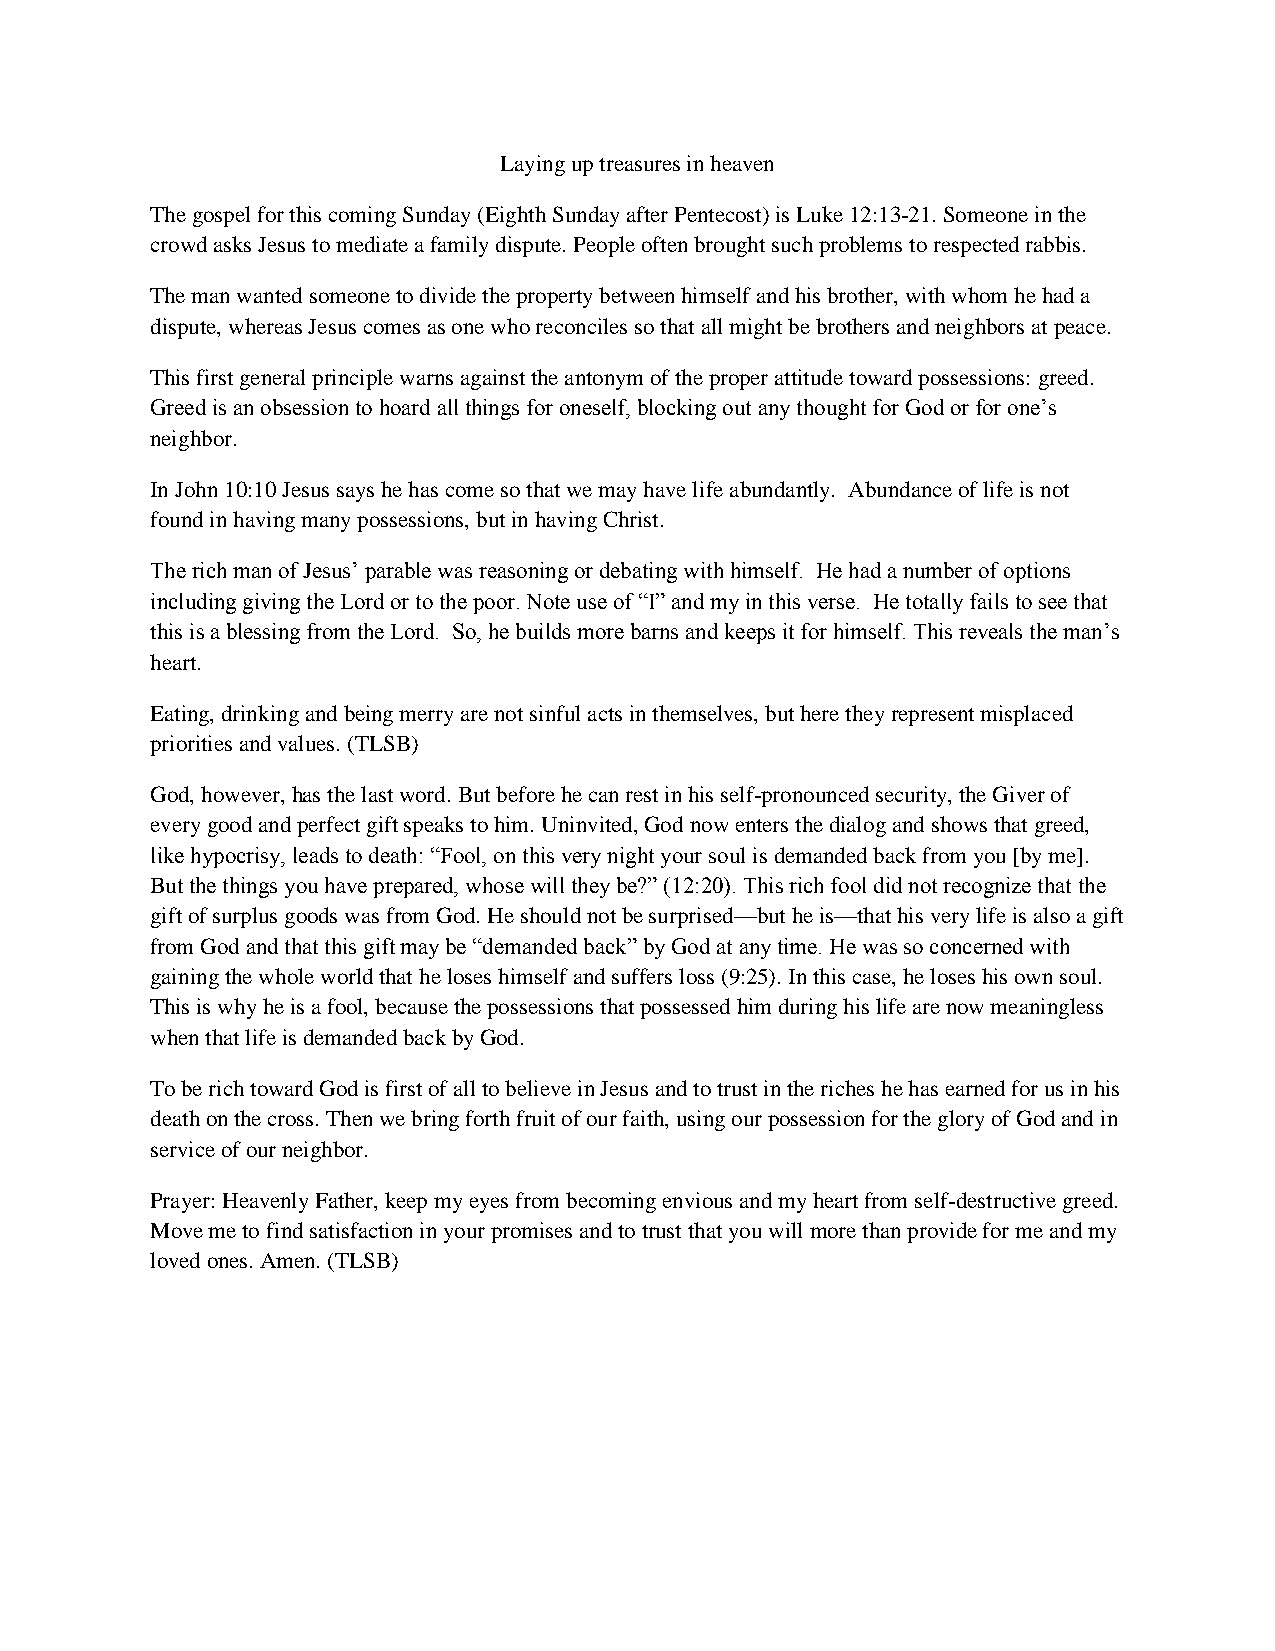
Laying up treasures in heaven
 The gospel for this coming Sunday (Eighth Sunday after Pentecost) is Luke 12:13-21. Someone in the
 crowd asks Jesus to mediate a family dispute. People often brought such problems to respected rabbis.
 The man wanted someone to divide the property between himself and his brother, with whom he had a
 dispute, whereas Jesus comes as one who reconciles so that all might be brothers and neighbors at peace.
 This first general principle warns against the antonym of the proper attitude toward possessions: greed.
 Greed is an obsession to hoard all things for oneself, blocking out any thought for God or for one’s
 neighbor.
 In John 10:10 Jesus says he has come so that we may have life abundantly. Abundance of life is not
 found in having many possessions, but in having Christ.
 The rich man of Jesus’ parable was reasoning or debating with himself. He had a number of options
 including giving the Lord or to the poor. Note use of “I” and my in this verse. He totally fails to see that
 this is a blessing from the Lord. So, he builds more barns and keeps it for himself. This reveals the man’s
 heart.
 Eating, drinking and being merry are not sinful acts in themselves, but here they represent misplaced
 priorities and values. (TLSB)
 God, however, has the last word. But before he can rest in his self-pronounced security, the Giver of
 every good and perfect gift speaks to him. Uninvited, God now enters the dialog and shows that greed,
 like hypocrisy, leads to death: “Fool, on this very night your soul is demanded back from you [by me].
 But the things you have prepared, whose will they be?” (12:20). This rich fool did not recognize that the
 gift of surplus goods was from God. He should not be surprised—but he is—that his very life is also a gift
 from God and that this gift may be “demanded back” by God at any time. He was so concerned with
 gaining the whole world that he loses himself and suffers loss (9:25). In this case, he loses his own soul.
 This is why he is a fool, because the possessions that possessed him during his life are now meaningless
 when that life is demanded back by God.
 To be rich toward God is first of all to believe in Jesus and to trust in the riches he has earned for us in his
 death on the cross. Then we bring forth fruit of our faith, using our possession for the glory of God and in
 service of our neighbor.
 Prayer: Heavenly Father, keep my eyes from becoming envious and my heart from self-destructive greed.
 Move me to find satisfaction in your promises and to trust that you will more than provide for me and my
 loved ones. Amen. (TLSB)